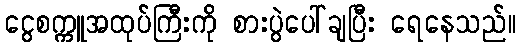
ငွေစက္ကူအထုပ်ကြီးကို စားပွဲပေါ်ချပြီး ရေနေသည်။